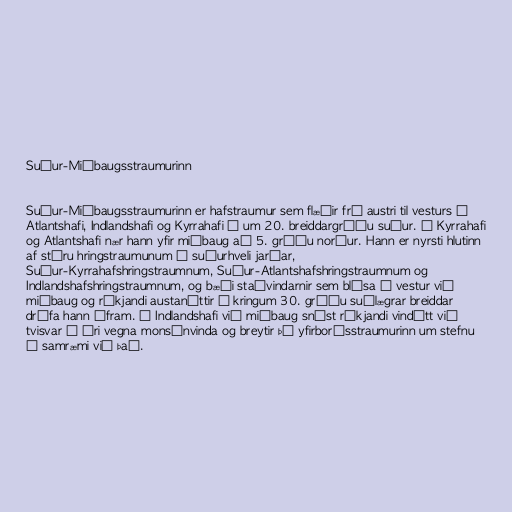
Suður-Miðbaugsstraumurinn

Suður-Miðbaugsstraumurinn er hafstraumur sem flæðir frá austri til vesturs í
Atlantshafi, Indlandshafi og Kyrrahafi á um 20. breiddargráðu suður. Í Kyrrahafi
og Atlantshafi nær hann yfir miðbaug að 5. gráðu norður. Hann er nyrsti hlutinn
af stóru hringstraumunum á suðurhveli jarðar,
Suður-Kyrrahafshringstraumnum, Suður-Atlantshafshringstraumnum og
Indlandshafshringstraumnum, og bæði staðvindarnir sem blása í vestur við
miðbaug og ríkjandi austanáttir í kringum 30. gráðu suðlægrar breiddar
drífa hann áfram. Í Indlandshafi við miðbaug snýst ríkjandi vindátt við
tvisvar á ári vegna monsúnvinda og breytir þá yfirborðsstraumurinn um stefnu
í samræmi við það.